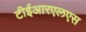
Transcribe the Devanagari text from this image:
टीईआरएलएस